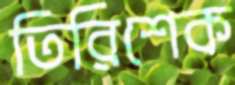
তিরিশেক